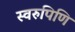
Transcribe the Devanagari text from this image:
स्वरुपिणि